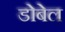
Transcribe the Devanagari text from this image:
डोबेल